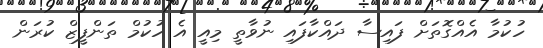
ހުކުމާ އެއްގޮތަށް ފައިސާ ދައްކާފައި ނުވާތީ މިއީ އެ ހުކުމް ތަންފީޒް ކުރަން